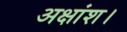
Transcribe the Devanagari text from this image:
अक्षांश।